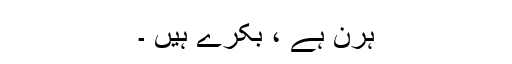
ہرن ہے ، بکرے ہیں ۔